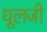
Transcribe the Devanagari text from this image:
धूलजी